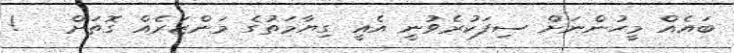
ބައެއް މީހުންނަށް ސިފަކުރެވުނީ އެއީ ގިޔާމަތުގެ މަންޒަރެއް ގޮތަށް   !